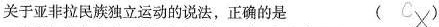
关于亚非拉民族独立运动的说法，正确的是 (##C×##)